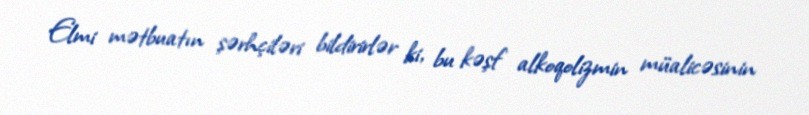
Elmi mətbuatın şərhçiləri bildirirlər ki, bu kəşf alkoqolizmin müalicəsinin